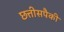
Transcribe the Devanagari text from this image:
छत्तीसपैकी